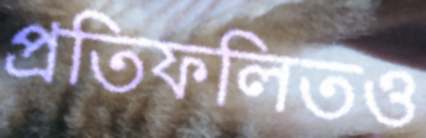
প্রতিফলিতও